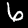
Digit: 6